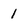
Character: 1